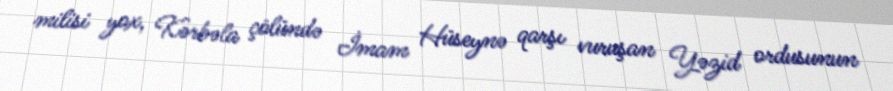
milisi yox, Kərbəla çölündə İmam Hüseynə qarşı vuruşan Yəzid ordusunun